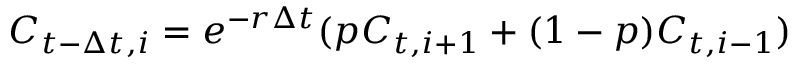
C _ { t - \Delta t , i } = e ^ { - r \Delta t } ( p C _ { t , i + 1 } + ( 1 - p ) C _ { t , i - 1 } )